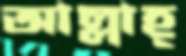
আল্লাহ্